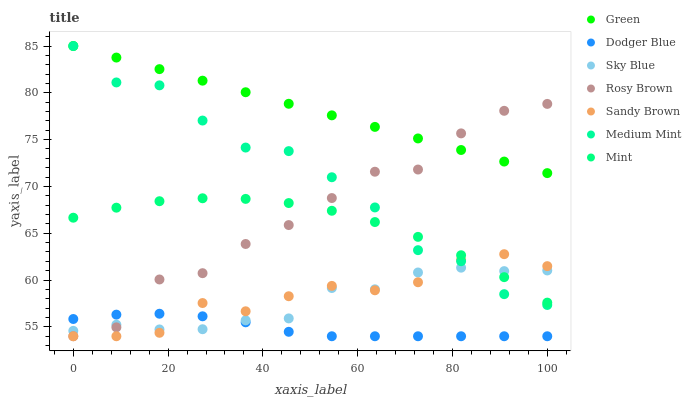
| xaxis_label | Green | Dodger Blue | Sky Blue | Rosy Brown | Sandy Brown | Medium Mint | Mint |
 | --- | --- | --- | --- | --- | --- | --- | --- |
 | 0 | 85 | 55.8 | 54.6 | 54 | 54 | 85 | 66.7 |
 | 9.09 | 83.8 | 56.3 | 55.2 | 55 | 54 | 81.1 | 67.7 |
 | 18.2 | 82.5 | 56.4 | 54.7 | 60.1 | 54.4 | 80.8 | 68.4 |
 | 27.3 | 81.3 | 56.1 | 54.8 | 60.7 | 57.5 | 77 | 68.7 |
 | 36.4 | 80.1 | 55.5 | 55.7 | 63.9 | 56.7 | 74.2 | 68.7 |
 | 45.5 | 78.8 | 54.5 | 55.9 | 65.9 | 58.3 | 73.8 | 68.2 |
 | 54.5 | 77.6 | 54 | 59.2 | 68.8 | 59.4 | 71 | 67.4 |
 | 63.6 | 76.4 | 54 | 59 | 71.6 | 58.9 | 67.8 | 66.2 |
 | 72.7 | 75.1 | 54 | 60.8 | 71.8 | 59.8 | 63.2 | 64.6 |
 | 81.8 | 73.9 | 54 | 61.3 | 75.7 | 62.2 | 62 | 62.7 |
 | 90.9 | 72.7 | 54 | 61 | 78.1 | 62.8 | 58.5 | 60.3 |
 | 100 | 71.4 | 54 | 61 | 78.8 | 61.5 | 57.3 | 57.6 |